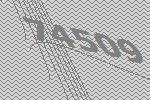
74509